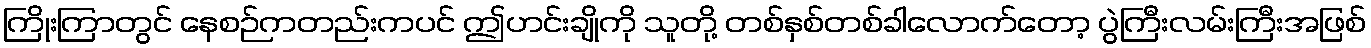
ကြိုးကြာတွင် နေစဉ်ကတည်းကပင် ဤဟင်းချိုကို သူတို့ တစ်နှစ်တစ်ခါလောက်တော့ ပွဲကြီးလမ်းကြီးအဖြစ်